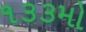
૧૩૩મો